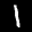
Label: 1